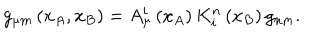
g _ { \mu m } \left( x _ { A } , x _ { B } \right) = A _ { \mu } ^ { i } \left( x _ { A } \right) K _ { i } ^ { n } \left( x _ { B } \right) g _ { n m } .